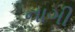
નાગી